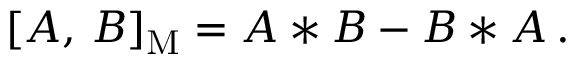
[ A , \, B ] _ { \mathrm { M } } = A * B - B * A \, .